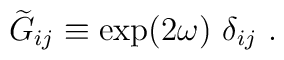
{\widetilde G}_{ij}\equiv \exp(2\omega)~\delta_{ij}~.